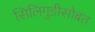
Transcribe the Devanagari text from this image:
सिलिगुडीसोबत